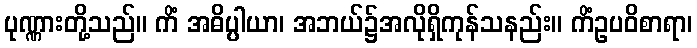
ပုဏ္ဏားတို့သည်။ ကိံ အဓိပ္ပါယာ၊ အဘယ်၌အလိုရှိကုန်သနည်း။ ကိံဥပဝိစာရာ၊